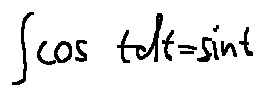
\int \cos t d t = \sin t